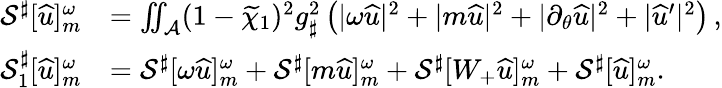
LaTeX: \begin{array}{rl}{\mathcal{S}^{\sharp}[{\widehat{u}}]_{m}^{\omega}}&{=\iint_{\mathcal{A}}(1-\widetilde{\chi}_{1})^{2}g_{\sharp}^{2}\left(|\omega{\widehat{u}}|^{2}+|m{\widehat{u}}|^{2}+|\partial_{\theta}{\widehat{u}}|^{2}+|\widehat{u}^{\prime}|^{2}\right)\, ,}\\ {{\mathcal{S}_{1}^{\sharp}}[{\widehat{u}}]_{m}^{\omega}}&{=\mathcal{S}^{\sharp}[\omega{\widehat{u}}]_{m}^{\omega}+\mathcal{S}^{\sharp}[m{\widehat{u}}]_{m}^{\omega}+\mathcal{S}^{\sharp}[W_{+}{\widehat{u}}]_{m}^{\omega}+\mathcal{S}^{\sharp}[{\widehat{u}}]_{m}^{\omega}.}\end{array}